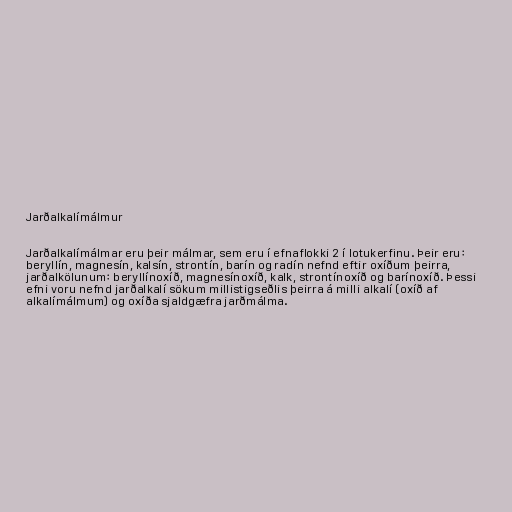
Jarðalkalímálmur

Jarðalkalímálmar eru þeir málmar, sem eru í efnaflokki 2 í lotukerfinu. Þeir eru:
beryllín, magnesín, kalsín, strontín, barín og radín nefnd eftir oxíðum þeirra,
jarðalkölunum: beryllínoxíð, magnesínoxíð, kalk, strontínoxíð og barínoxíð. Þessi
efni voru nefnd jarðalkalí sökum millistigseðlis þeirra á milli alkalí (oxíð af
alkalímálmum) og oxíða sjaldgæfra jarðmálma.